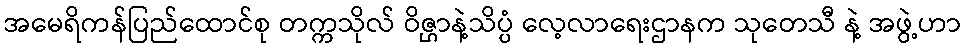
အမေရိကန်ပြည်ထောင်စု တက္ကသိုလ် ဝိဇ္ဌာနဲ့သိပ္ပံ လေ့လာရေးဌာနက သုတေသီ နဲ့ အဖွဲ့ဟာ